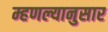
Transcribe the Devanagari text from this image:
म्हणल्यानुसार